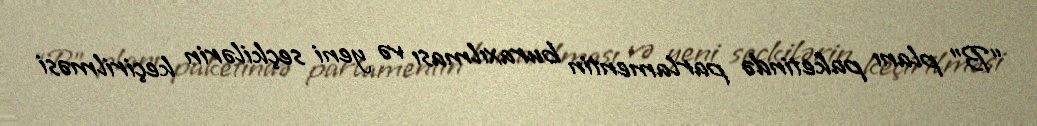
“B” planı paketində parlamentin buraxılması və yeni seçkilərin keçirilməsi